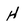
Character: H